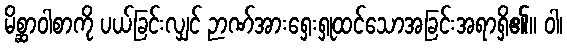
မိစ္ဆာဝါစာကို ပယ်ခြင်းလျှင် ဉာဏ်အားရှေးရှုထင်သောအခြင်းအရာရှိ၏။ ဝါ၊